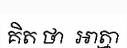
គិត ថា  អាត្មា